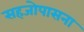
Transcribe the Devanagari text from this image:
सहजोपासना